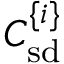
C _ { \mathrm { s d } } ^ { \{ i \} }